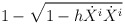
\begin{align*}1 - \sqrt{ 1 - h \dot{X}^i \dot{X}^i } \,\end{align*}